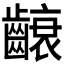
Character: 𮯐